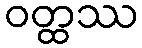
ဝတ္ထဿ